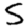
Digit: 5